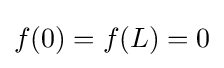
f(0)=f(L)=0